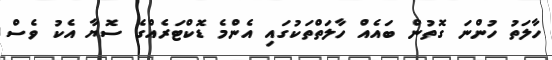
ހާލަތު ހުންނަ ގޮތުން ބައެއް ހާލަތްތަކުގައި އެންމެ ޑޮކްޓަރެއްގެ ސޮޔާ އެކު ވެސް